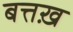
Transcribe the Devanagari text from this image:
बत्तख़